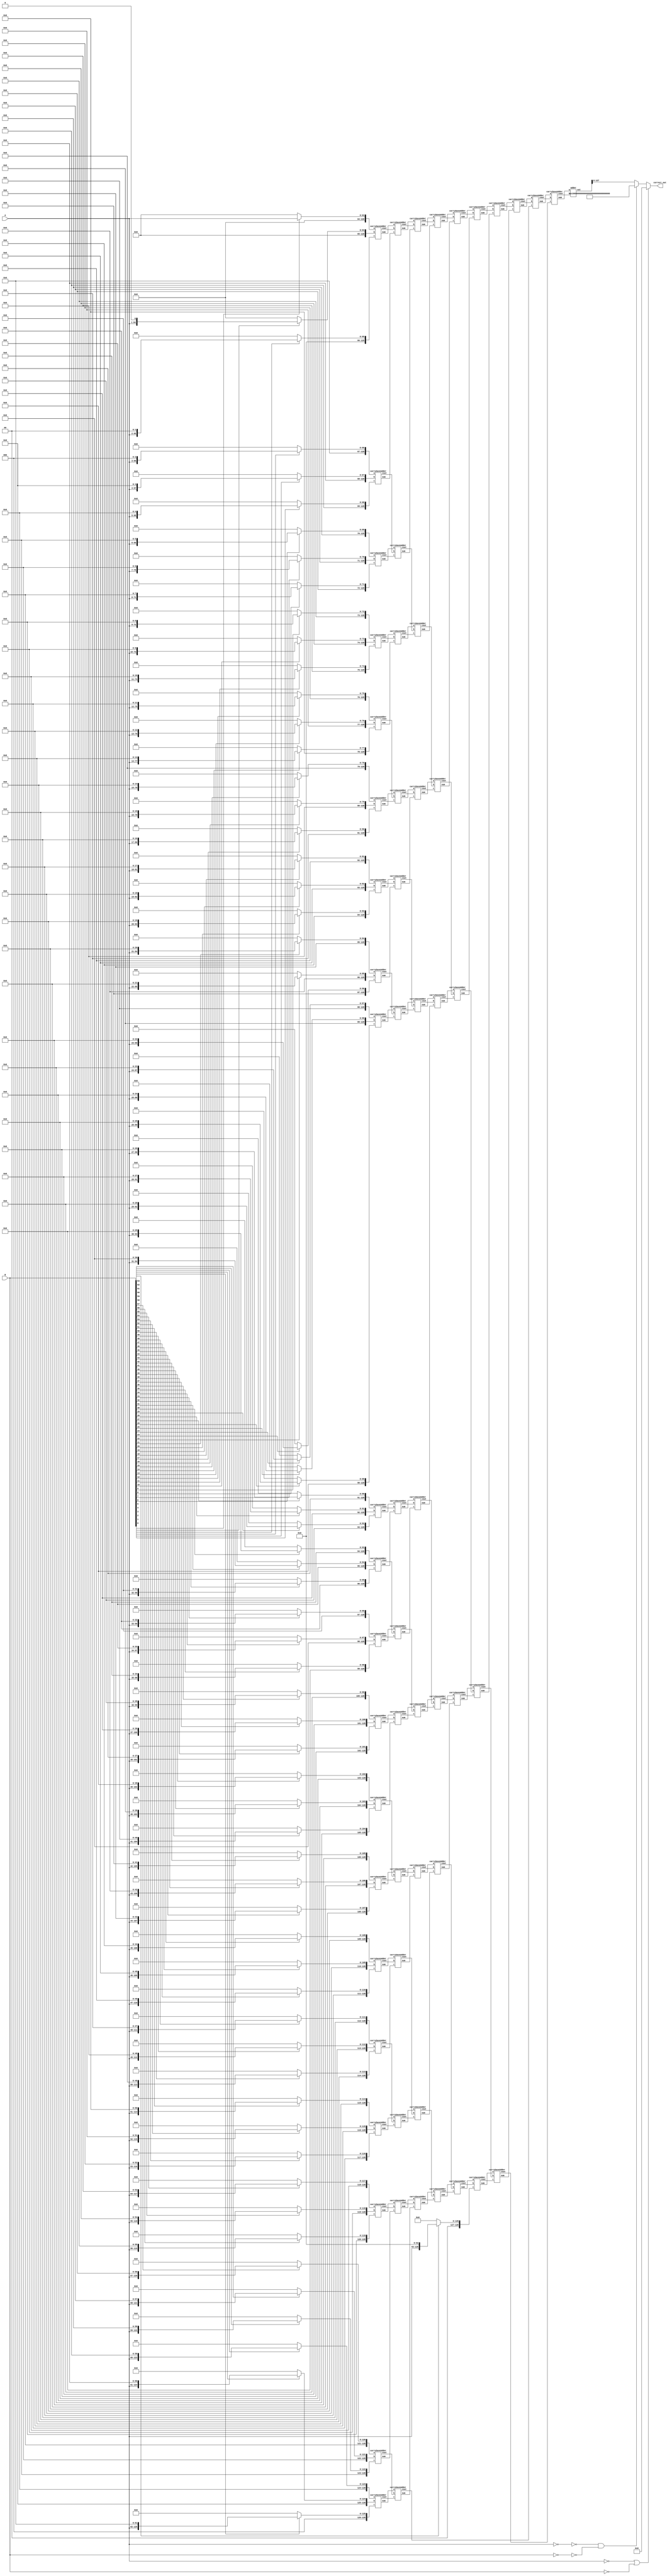
// 64 bit wallace tree multiplier..
module wallace_64bit ( A, B, correct_out );

    input [63:0] A ,B;
    wire [129:0] out;
    output reg [127:0] correct_out;

    reg[128:0] pp[0:63];
    integer i;
    always @(*) begin
        // generating partial products using loop...
        for (i = 0; i<64; i++) begin
            if(B[i] == 1) begin
                pp[i] = (A << i);
            end
            else begin
                pp[i] = 129'b0;
            end
        end
        
        // checking condtions 
        if(A == 0 || B == 0) 
            correct_out = 128'b0;
        else if(~A == 0 && ~B == 0)   // overflow condition if all bits are 1
            correct_out = {128{1'b1}};
        else 
            correct_out = out[127:0];

    end

    // u means sum, v means carry..
    wire [128:0] u1_1, u1_2, u1_3, u1_4, u1_5, u1_6, u1_7, u1_8, u1_9, u1_10, u1_11, u1_12, u1_13, u1_14, u1_15, u1_16, u1_17, u1_18, u1_19, u1_20, u1_21;
    wire [128:0] v1_1, v1_2, v1_3, v1_4, v1_5, v1_6, v1_7, v1_8, v1_9, v1_10, v1_11, v1_12, v1_13, v1_14, v1_15, v1_16, v1_17, v1_18, v1_19, v1_20, v1_21;
    
    // stage 1
    carrySaveAdder csa1_1(pp[0], pp[1] ,pp[2], u1_1, v1_1);
    carrySaveAdder csa1_2(pp[3], pp[4], pp[5], u1_2, v1_2);
    carrySaveAdder csa1_3(pp[6], pp[7], pp[8], u1_3, v1_3);
    carrySaveAdder csa1_4(pp[9], pp[10], pp[11], u1_4, v1_4);
    carrySaveAdder csa1_5(pp[12], pp[13], pp[14], u1_5, v1_5);
    carrySaveAdder csa1_6(pp[15], pp[16], pp[17], u1_6, v1_6);
    carrySaveAdder csa1_7(pp[18], pp[19], pp[20], u1_7, v1_7);
    carrySaveAdder csa1_8(pp[21], pp[22], pp[23], u1_8, v1_8);
    carrySaveAdder csa1_9(pp[24], pp[25], pp[26], u1_9, v1_9);
    carrySaveAdder csa1_10(pp[27], pp[28], pp[29], u1_10, v1_10);
    carrySaveAdder csa1_11(pp[30], pp[31], pp[32], u1_11, v1_11);
    carrySaveAdder csa1_12(pp[33], pp[34], pp[35], u1_12, v1_12);
    carrySaveAdder csa1_13(pp[36], pp[37], pp[38], u1_13, v1_13);
    carrySaveAdder csa1_14(pp[39], pp[40], pp[41], u1_14, v1_14);
    carrySaveAdder csa1_15(pp[42], pp[43], pp[44], u1_15, v1_15);
    carrySaveAdder csa1_16(pp[45], pp[46], pp[47], u1_16, v1_16);
    carrySaveAdder csa1_17(pp[48], pp[49], pp[50], u1_17, v1_17);
    carrySaveAdder csa1_18(pp[51], pp[52], pp[53], u1_18, v1_18);
    carrySaveAdder csa1_19(pp[54], pp[55], pp[56], u1_19, v1_19);
    carrySaveAdder csa1_20(pp[57], pp[58], pp[59], u1_20, v1_20);
    carrySaveAdder csa1_21(pp[60], pp[61], pp[62], u1_21, v1_21);
    // pp[63] is left bcoz cant make pair of 3..

    // u means sum, v means carry..
    wire [128:0] u2_1, u2_2, u2_3, u2_4, u2_5, u2_6, u2_7, u2_8, u2_9, u2_10, u2_11, u2_12, u2_13, u2_14;
    wire [128:0] v2_1, v2_2, v2_3, v2_4, v2_5, v2_6, v2_7, v2_8, v2_9, v2_10, v2_11, v2_12, v2_13, v2_14;
    
    // stage 2
    carrySaveAdder csa2_1(u1_1, v1_1, u1_2, u2_1, v2_1);
    carrySaveAdder csa2_2(u1_3, v1_2, v1_3, u2_2, v2_2);
    carrySaveAdder csa2_3(u1_4, v1_4, u1_5, u2_3, v2_3);
    carrySaveAdder csa2_4(u1_6, v1_5, v1_6, u2_4, v2_4);
    carrySaveAdder csa2_5(u1_7, v1_7, u1_8, u2_5, v2_5);
    carrySaveAdder csa2_6(u1_9, v1_8, v1_9, u2_6, v2_6);
    carrySaveAdder csa2_7(u1_10, v1_10, u1_11, u2_7, v2_7);
    carrySaveAdder csa2_8(u1_12, v1_11, v1_12, u2_8, v2_8);
    carrySaveAdder csa2_9(u1_13, v1_13, u1_14, u2_9, v2_9);
    carrySaveAdder csa2_10(u1_15, v1_14, v1_15, u2_10, v2_10);
    carrySaveAdder csa2_11(u1_16, v1_16, u1_17, u2_11, v2_11);
    carrySaveAdder csa2_12(u1_18, v1_17, v1_18, u2_12, v2_12);
    carrySaveAdder csa2_13(u1_19, v1_19, u1_20, u2_13, v2_13);
    carrySaveAdder csa2_14(u1_21, v1_20, v1_21, u2_14, v2_14);
    // pp[63] is left bcoz cant make pair of 3.. from stage 1

    // u means sum, v means carry..
    wire [128:0] u3_1, u3_2, u3_3, u3_4, u3_5, u3_6, u3_7, u3_8, u3_9;
    wire [128:0] v3_1, v3_2, v3_3, v3_4, v3_5, v3_6, v3_7, v3_8, v3_9;
    
    //stage 3
    carrySaveAdder csa3_1(u2_1,v2_1,u2_2,u3_1,v3_1);
    carrySaveAdder csa3_2(u2_3,v2_2,v2_3,u3_2,v3_2);
    carrySaveAdder csa3_3(u2_4,v2_4,u2_5,u3_3,v3_3);
    carrySaveAdder csa3_4(u2_6,v2_5,v2_6,u3_4,v3_4);
    carrySaveAdder csa3_5(u2_7,v2_7,u2_8,u3_5,v3_5);
    carrySaveAdder csa3_6(u2_9,v2_8,v2_9,u3_6,v3_6);
    carrySaveAdder csa3_7(u2_10,v2_10,u2_11,u3_7,v3_7);
    carrySaveAdder csa3_8(u2_12,v2_11,v2_12,u3_8,v3_8);
    carrySaveAdder csa3_9(u2_13,v2_13,u2_14,u3_9,v3_9);
    // v2_14, pp[63] still left..

    // u means sum, v means carry..
    wire [128:0] u4_1, u4_2, u4_3, u4_4, u4_5, u4_6;
    wire [128:0] v4_1, v4_2, v4_3, v4_4, v4_5, v4_6;
    // stage 4
    carrySaveAdder csa4_1(u3_1,v3_1,u3_2,u4_1,v4_1);
    carrySaveAdder csa4_2(u3_3,v3_2,v3_3,u4_2,v4_2);
    carrySaveAdder csa4_3(u3_4,v3_4,u3_5,u4_3,v4_3);
    carrySaveAdder csa4_4(u3_6,v3_5,v3_6,u4_4,v4_4);
    carrySaveAdder csa4_5(u3_7,v3_7,u3_8,u4_5,v4_5);
    carrySaveAdder csa4_6(u3_9,v3_8,v3_9,u4_6,v4_6);
    // v2_14, pp[63] still left..

    // u means sum, v means carry..
    wire [128:0] u5_1, u5_2, u5_3, u5_4;
    wire [128:0] v5_1, v5_2, v5_3, v5_4;
    // stage 5
    carrySaveAdder csa5_1(u4_1,v4_1,u4_2,u5_1,v5_1);
    carrySaveAdder csa5_2(u4_3,v4_2,v4_3,u5_2,v5_2);
    carrySaveAdder csa5_3(u4_4,v4_4,u4_5,u5_3,v5_3);
    carrySaveAdder csa5_4(u4_6,v4_5,v4_6,u5_4,v5_4);
    // v2_14,pp[63] still left..

    // u means sum, v means carry..
    wire [128:0] u6_1, u6_2, u6_3;
    wire [128:0] v6_1, v6_2, v6_3;
    // stage 6
    carrySaveAdder csa6_1(u5_1,v5_1,u5_2,u6_1,v6_1);
    carrySaveAdder csa6_2(u5_3,v5_2,v5_3,u6_2,v6_2);
    carrySaveAdder csa6_3(u5_4,v5_4,pp[63],u6_3,v6_3);
    // v2_14 left..

    // u means sum, v means carry..
    wire [128:0] u7_1, u7_2;
    wire [128:0] v7_1, v7_2;
    //stage 7
    carrySaveAdder csa7_1(u6_1,v6_1,u6_2,u7_1,v7_1);
    carrySaveAdder csa7_2(u6_3,v6_2,v6_3,u7_2,v7_2);
    // v2_14

    // u means sum, v means carry..
    wire [128:0] u8_1;
    wire [128:0] v8_1;
    // stage 8
    carrySaveAdder csa8_1(u7_1,v7_1,u7_2,u8_1,v8_1);
    // v2_14,v7_2

    // u means sum, v means carry..
    wire [128:0] u9_1,v9_1;
    // stage 9
    carrySaveAdder csa9_1(u8_1,v8_1,v2_14,u9_1,v9_1);
    // v7_2

    // u means sum, v means carry..
    wire [128:0] u10_1,v10_1;
    // stage 10
    carrySaveAdder csa10_1(u9_1,v9_1,v7_2,u10_1,v10_1);     // final addition..

    adder ad (u10_1,v10_1,out);
    // assign correct_out = out[127:0];

endmodule



// full adder
module full_adder(a, b, cin, sum, cout);
    input a, b, cin;
    output sum, cout;
    wire w1, w2, w3, w4, w5;

    xor (w1, a, b);
    xor (sum, w1, cin);
    and (w2, a, b);
    and (w3, a, cin);
    and (w4, b, cin);
    or (w5, w2, w3);
    or (cout, w4, w5);

endmodule



// 128_bit Carry Save Adder
module carrySaveAdder ( a, b, c, sum, cout );

    input [128:0] a, b, c;
    output [128:0] sum, cout;

    genvar i;
    generate
        for(i=0; i<128; i=i+1)begin
            full_adder fa(a[i], b[i], c[i], sum[i], cout[i+1]);
        end
    endgenerate 

    assign sum[128]=1'b0;
    assign cout[0]=1'b0;

endmodule


// add final results..
module adder ( a, b, out );

    input [128:0] a, b;
    output [129:0] out;
    wire [128:0] sum, temp;

    // doing addition for LSB 
    full_adder f1(a[0], b[0], 1'b0, sum[0], temp[0]);
    genvar j;
    generate
        for(j=1; j<129; j=j+1) begin
            // temp[j] holds carry out from jth bit
            full_adder f(a[j], b[j], temp[j-1], sum[j], temp[j]);
        end
    endgenerate

    //temp[128] holds final carry value
    assign out={temp[128], sum};

endmodule